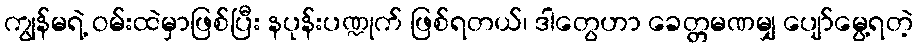
ကျွန်မရဲ့ ဝမ်းထဲမှာဖြစ်ပြီး နပုန်းပဏ္ဍုက် ဖြစ်ရတယ်၊ ဒါတွေဟာ ခေတ္တမဏမျှ ပျော်မွေ့ရတဲ့